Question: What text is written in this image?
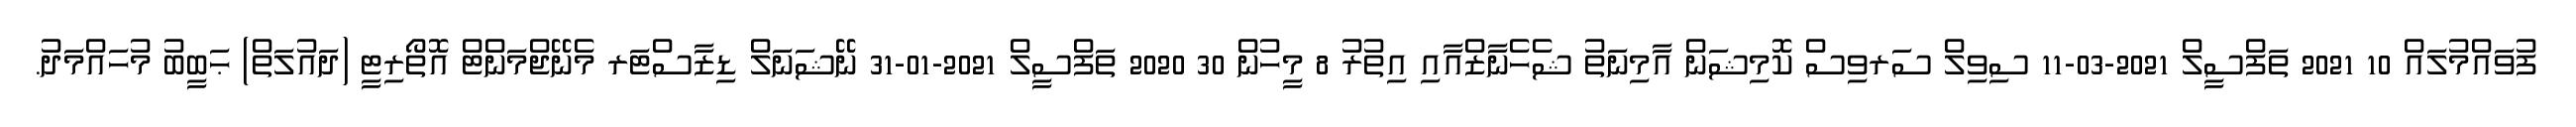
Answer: ފުވައްމުލައް 10 2021 ތަފްސީލް 2021-03-11 ސިވިލް ސަރވިސް ކޮމިޝަން އާމިނަތު ޝެހެނާޒްއާއި އިތުރު 8 މީހުން 30 2020 ތަފްސީލް 2021-01-31 ނޭޝަނަލް ޑިޒާސްޓަރ މެނޭޖްމަންޓް އޮތޯރިޓީ (ދައުލަތް) ޙަބީބު މުހައްމަދު.